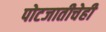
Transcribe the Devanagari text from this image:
पोटजातीचेही